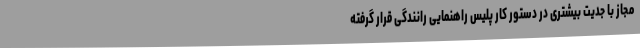
مجاز با جدیت بیشتری در دستور کار پلیس راهنمایی رانندگی قرار گرفته